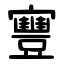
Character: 寷